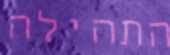
התהילה